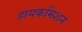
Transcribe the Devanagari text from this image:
हायकमिशन